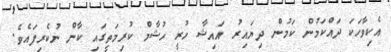
އެކިވާހަކަ ދައްކަމުން ކަމުން ދިޔައިރު އައިޝާ ހުރީ ހުޝާމް ކުރިމަތީގައި ކާން ނުކެރިފައެވެ.